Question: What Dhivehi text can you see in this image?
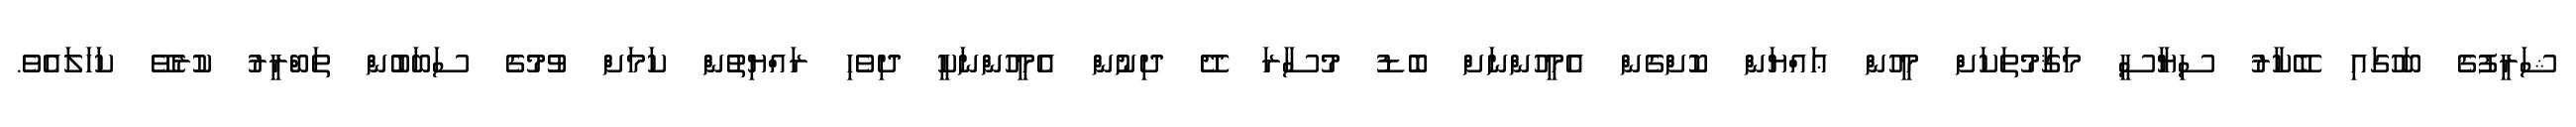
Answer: ޝަރީފުގެ ބަހުގައި ބޭކާރު ސިޔާސީ މަޤާމުތަކަށް މީހުން ޢައްޔަން ކޮށްގެން އެމީހުންނަށް ބޮޑު މުސާރަ ދޭ ދިނުން އެމީހުންނަކީ ދިވެހި ރައްޔިތުން ކަމަށް ވުމުގެ ސަބަބުން ތަބްރީރު ކުރެވޭ ކަހަލައެވެ.